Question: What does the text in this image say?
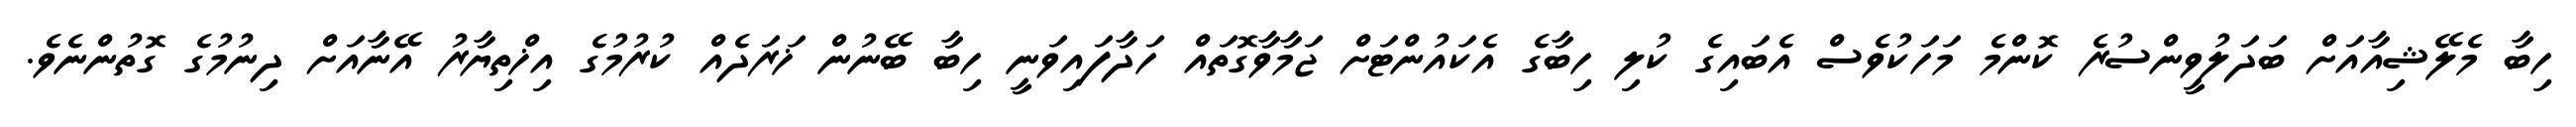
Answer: ހިބާ މެލޭޝިއާއަށް ބަދަލުވީންސުރެ ކޮންމެ މަހަކުވެސް އެބައިގެ ކުލި ހިބާގެ އެކައުންޓަށް ޖަމާވާގޮތައް ހަދާފައިވަނީ ހިބާ ބޭނުން ޚަރަދެއް ކުރުމުގެ އިޚްތިޔާރު އޭނާއަށް ދިނުމުގެ ގޮތުންނެވެ.